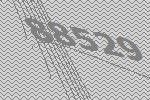
88529